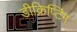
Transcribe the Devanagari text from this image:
डीक्रिप्टिंग